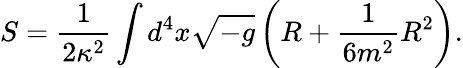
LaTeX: S=\frac{1}{2\kappa^{2}}\int{d^{4}x\sqrt{-g}\left(R+\frac{1}{6m^{2}}R^{2}\right)}.